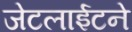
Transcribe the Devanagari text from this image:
जेटलाईटने